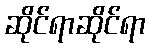
ဆိုင်ရာဆိုင်ရာ